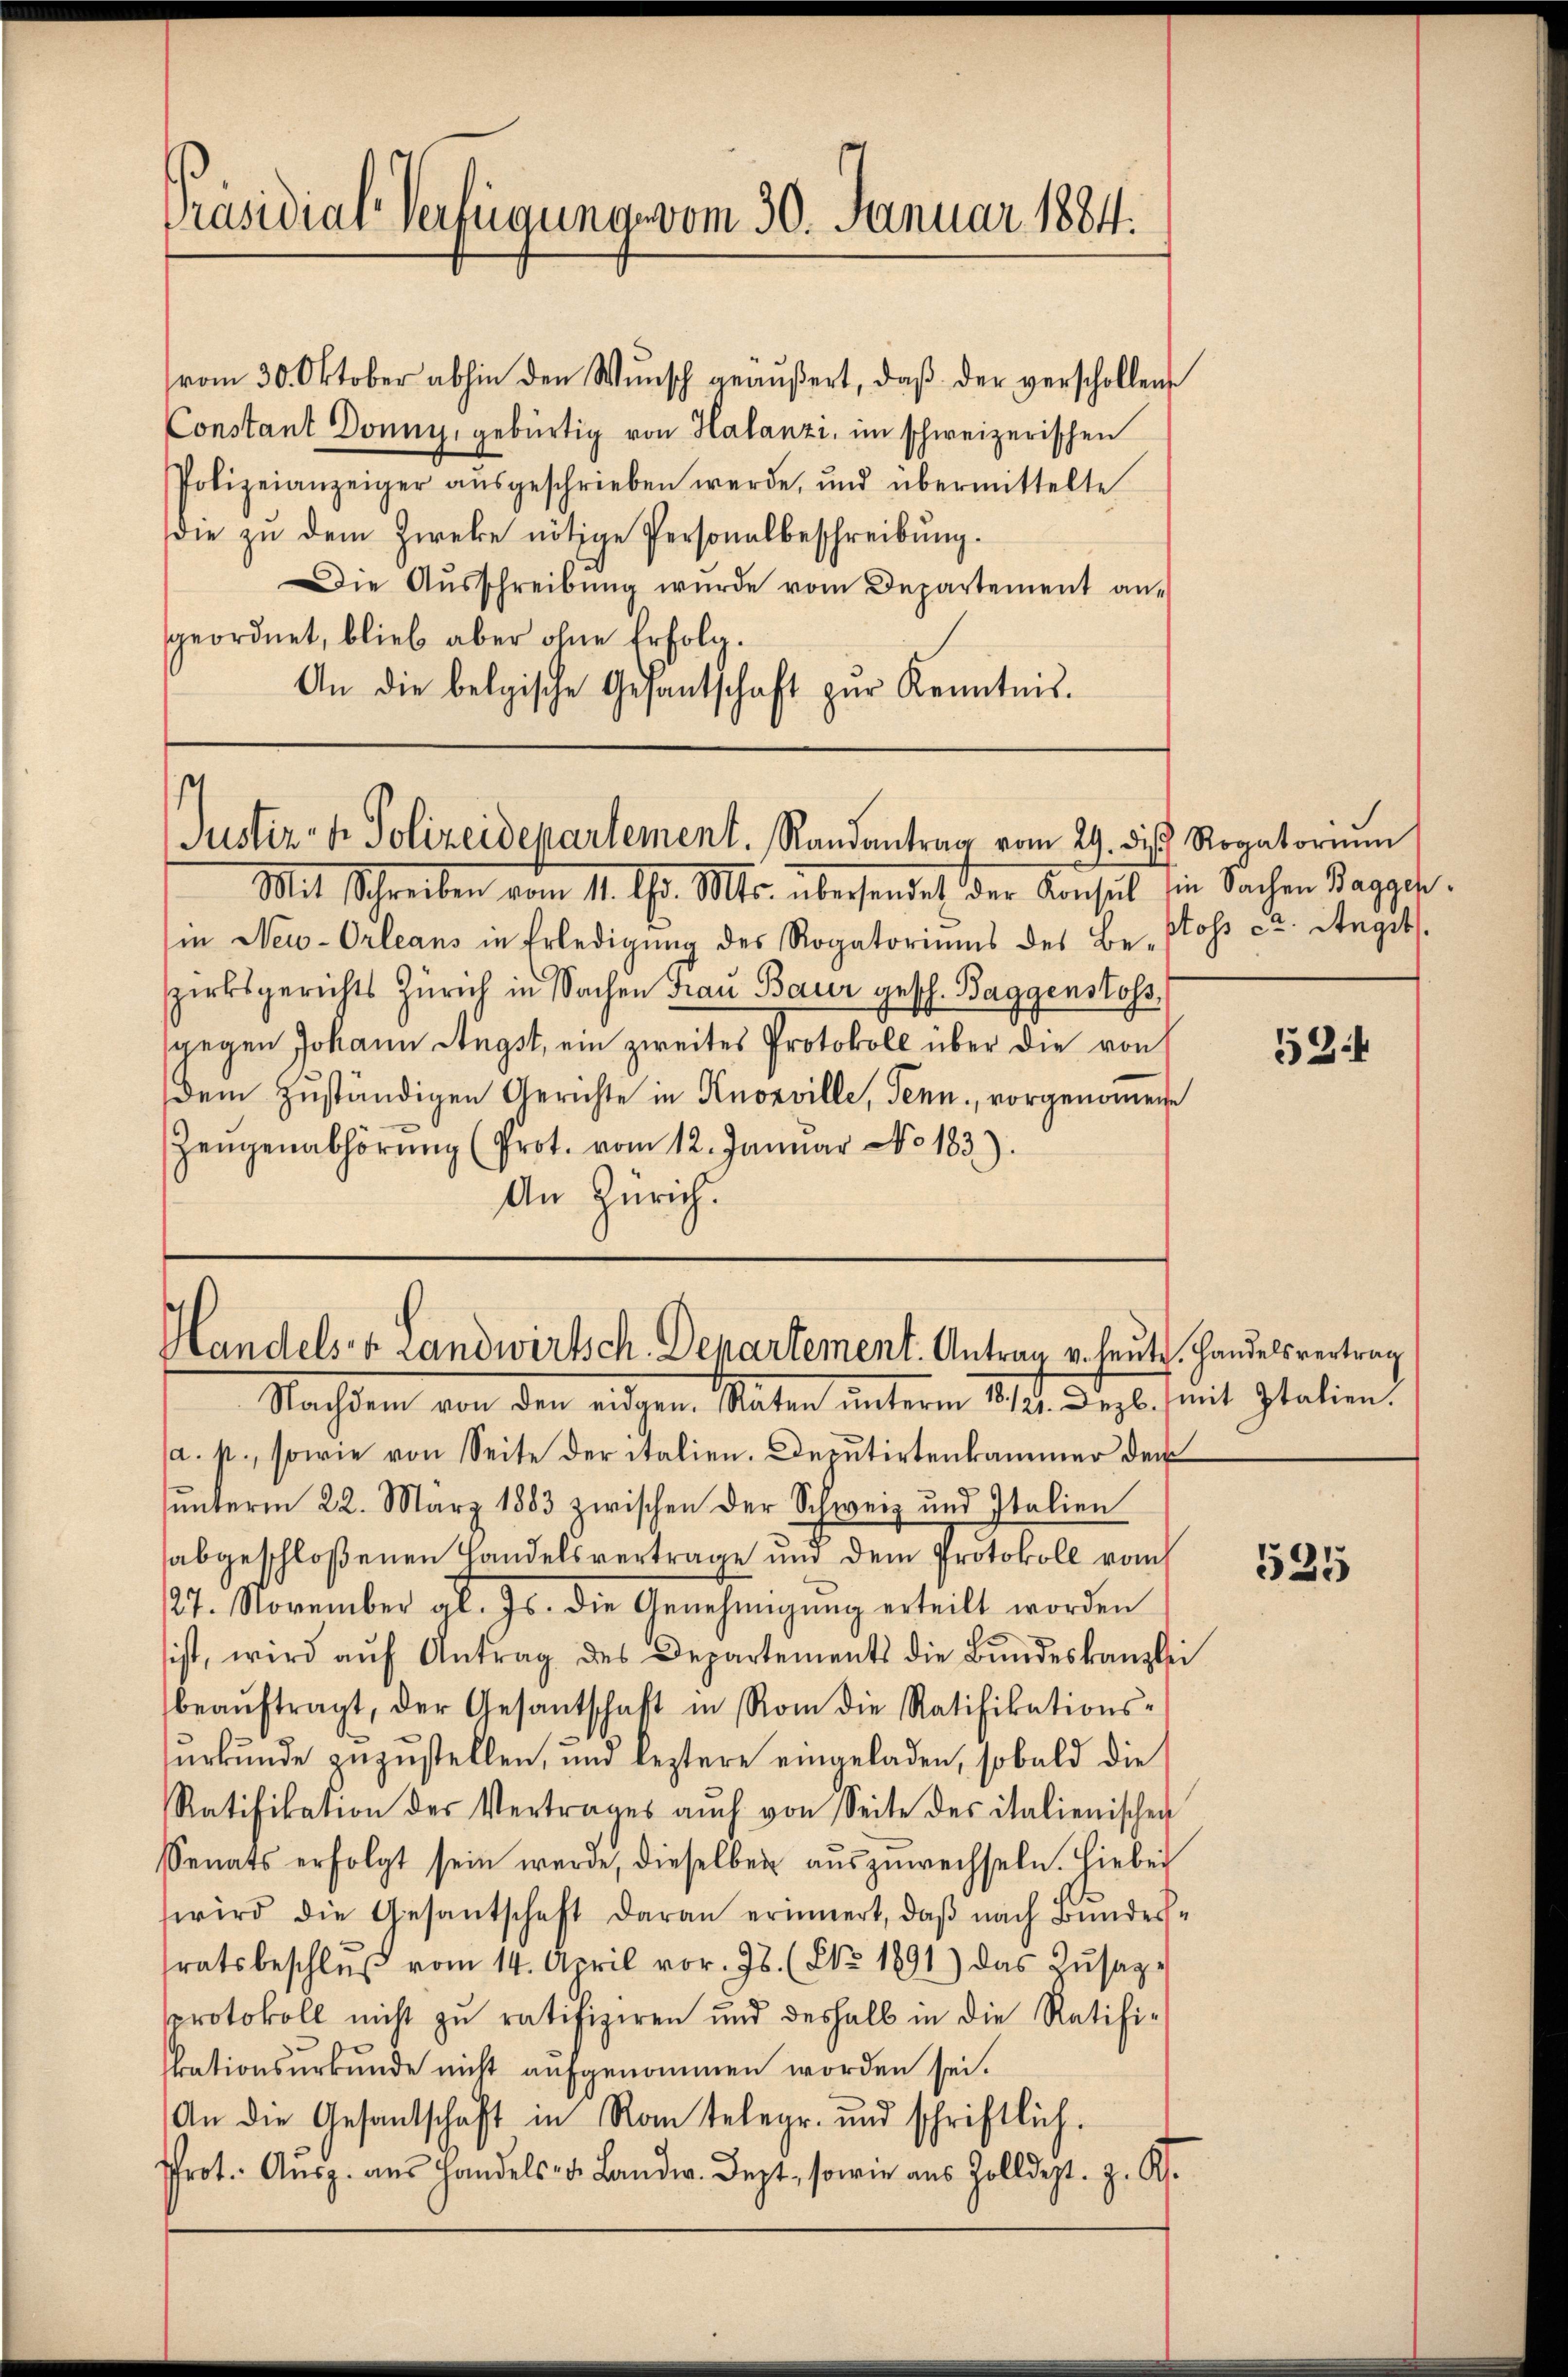
Präsidial-Verfügung vom 30. Januar 1884.

vom 30. Oktober abhin den Wŭnsch geäŭβert, daβ der verschollen
Constant Donny, gebürtig von Halanzi, im schweizerischen
Polizeianzeiger aŭsgeschrieben werde, und übermittelte
die zu dem Zweke nötige Personalbeschreibung.
Die Aŭsschreibŭng wurde vom Departement an-
geordnet, blieb aber ohne Erfolg.
An die belgische Gesantschaft zŭr Kenntnis.

s
Justiz- & Polizeidepartement. Randantrag vom 29. die Rogatoriŭm

Handels- & Landwirtsch. Departement. Antrag v. heute Handelsvertrag
Nachdem von den eigen Raten unterm 11/12. Dezb. mit Italien.

Mit Schreiben vom 11. d. Mts. übersendet der Konsul sie Sachen Baggeh
in Neu-Orleans in Erledigung des Rogatoriums des Bestoss ca. Angits.
zirksgerichts Zürich in Sachen Frau Baur gesch. Baggenstoss
gegen Johann Angst, ein zweites Protokoll über die von
dem zuständigen Gerichte in Knosville, denn, vorgenommene
Zeugenabhörŭng (Prot. vom 12. Januar No. 183):
An Zürich.

a. p., sowie von Seite der italien. Deputirtenkammer der
ŭnterm 22. März 1883 zwischen der Schweiz und Italien
abgeschloßenen Handelsvertrage und dem Protokoll vom
27. November gl. Js. die Genehmigŭng erteilt worden
sist, wird aŭf Antrag des Departements die Bŭndeskanzlei
beaŭftragt, der Gesantschaft in Rom die Ratifikations-
surkunde zuzustellen, und leztere eingeladen, sobald die
Ratifikation des Vertrages aŭch von Seite des italienischen
Senats erfolgt sein werde, dieselben aŭszŭwechseln. Hiebei
wird die Gesantschaft daran erinnert, daβ nach Bŭndes-
ratsbeschlŭβ vom 14. April vor. Js. (NNo. 1891) das Zŭsag-
pprotokoll nicht zu ratifiziren und deshalb in die Ratifi-
kationsurkunde nicht aufgenommen worden sei.
An die Gesandschaft in Ron telegr. und schriftlich.
Prot. Aŭsz. aŭs Handels- u. Landw. Dezt, sowie aus Zolldept. z. K.

534

525